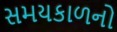
સમયકાળનો